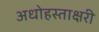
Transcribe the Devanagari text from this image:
अधोहस्ताक्षरी